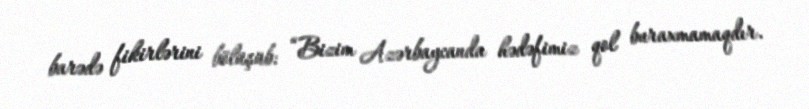
barədə fikirlərini bölüşüb: “Bizim Azərbaycanda hədəfimiz qol buraxmamaqdır.